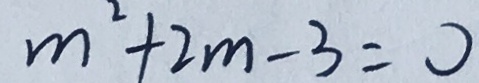
m ^ { 2 } + 2 m - 3 = 0